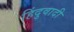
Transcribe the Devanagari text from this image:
हिंदुवादी